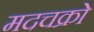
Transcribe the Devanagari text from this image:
मदचक्रो